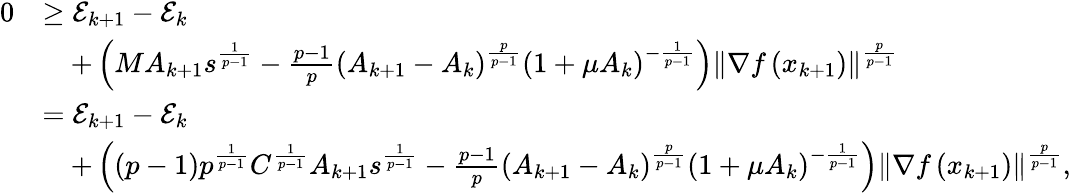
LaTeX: \begin{array}{rl}{0}&{\geq\mathcal{E}_{k+1}-\mathcal{E}_{k}}\\ &{\quad+\left(MA_{k+1}s^{\frac{1}{p-1}}-\frac{p-1}{p}\left(A_{k+1}-A_{k}\right)^{\frac{p}{p-1}}\left(1+\mu A_{k}\right)^{-\frac{1}{p-1}}\right)\left\Vert\nabla f\left(x_{k+1}\right)\right\Vert^{\frac{p}{p-1}}}\\ &{=\mathcal{E}_{k+1}-\mathcal{E}_{k}}\\ &{\quad+\left((p-1)p^{\frac{1}{p-1}}C^{\frac{1}{p-1}}A_{k+1}s^{\frac{1}{p-1}}-\frac{p-1}{p}\left(A_{k+1}-A_{k}\right)^{\frac{p}{p-1}}\left(1+\mu A_{k}\right)^{-\frac{1}{p-1}}\right)\left\Vert\nabla f\left(x_{k+1}\right)\right\Vert^{\frac{p}{p-1}},}\end{array}